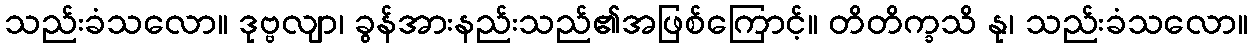
သည်းခံသလော။ ဒုဗ္ဗလျာ၊ ခွန်အားနည်းသည်၏အဖြစ်ကြောင့်။ တိတိက္ခသိ နု၊ သည်းခံသလော။